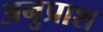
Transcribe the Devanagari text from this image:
अनुप्राश